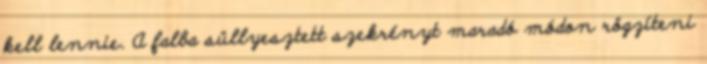
kell lennie. A falba süllyesztett szekrényt maradó módon rögzíteni